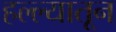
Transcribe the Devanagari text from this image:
हल्ल्यातून